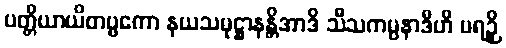
ပတ္တိယာယိတဗ္ဗကော နယသမုဋ္ဌာနန္တိအာဒိ သီသကမ္ပနာဒီဟိ ပရဉှိ